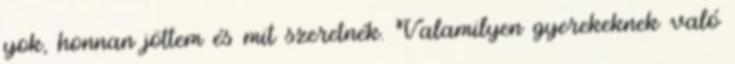
yok, honnan jöttem és mit szeretnék. Valamilyen gyerekeknek való